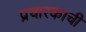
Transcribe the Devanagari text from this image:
प्रचारकाची